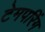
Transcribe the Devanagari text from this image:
टेमपरिंग